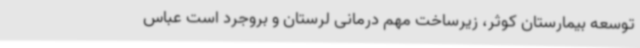
توسعه بیمارستان کوثر، زیرساخت‌ مهم درمانی لرستان و بروجرد است عباس